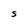
Character: S